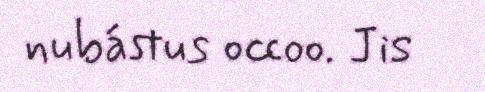
nubástus occoo. Jis